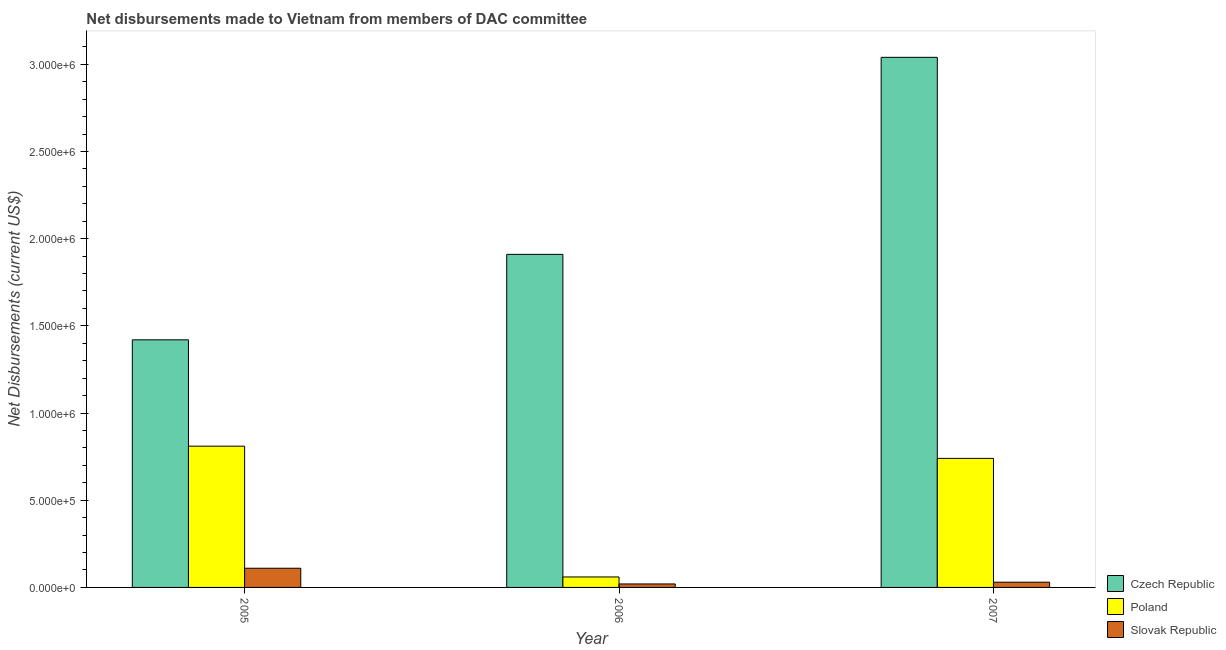
| Year | Czech Republic | Poland | Slovak Republic |
 | --- | --- | --- | --- |
 | 2005 | 1.42e+06 | 8.1e+05 | 1.1e+05 |
 | 2006 | 1.91e+06 | 6e+04 | 2e+04 |
 | 2007 | 3.04e+06 | 7.4e+05 | 3e+04 |